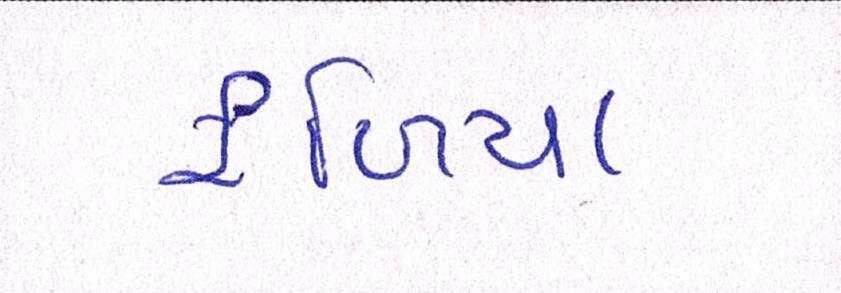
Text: ફળિયા